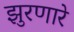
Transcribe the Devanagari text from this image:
झुरणारे